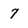
Character: 7